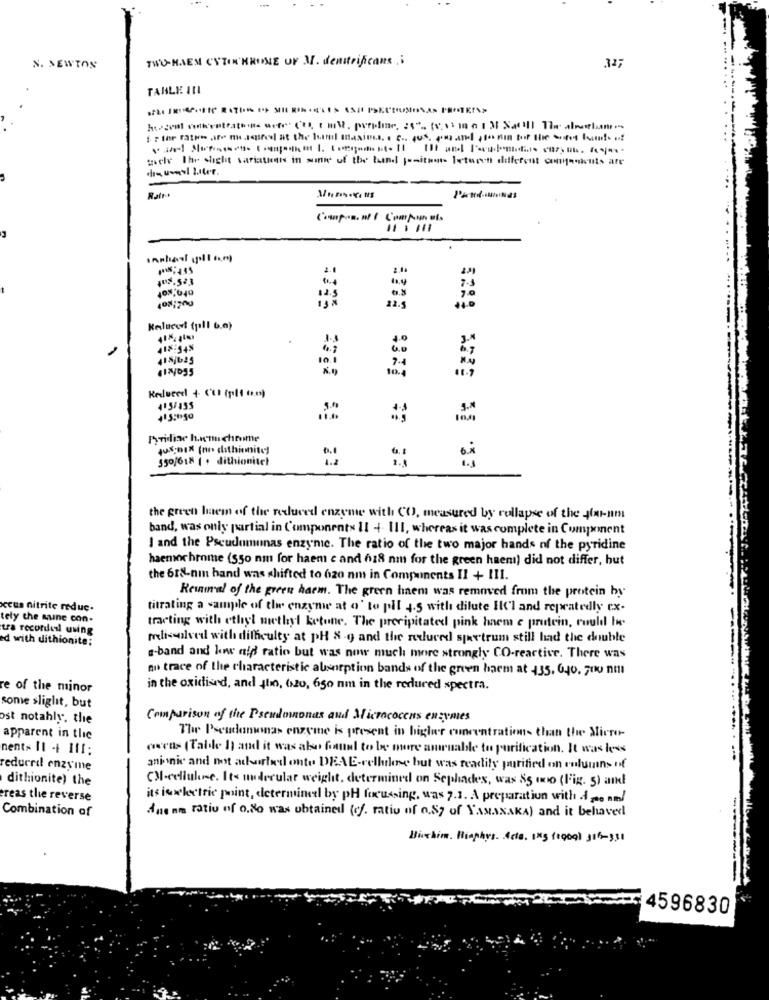
TWO-HAEN CUTIR HRONE OF M. denitrificans .;
N. NEWTON
327
TABLE INI
keszent sulkeutratos arte C'est mM. purple, as" (us)no 13 Na) The anelum.
selv The slight variations in wanie of the lund positions between different conocicuts are
dis uvedl Liter.
Rate
Comp.s. w/ Compan
snahaat 1:11 am
7.5
12.5
Kelueel (pill b.o}
418:54%
415/625
10.1
*
11.7
Reduced + CO (pl1 6.o)
415/455
415:050
Pyridise haenchrome
JuBI (n dithinnite]
550/618 ( + dithionitel
the green laem of the reduced enzyme with CO, measured by collapse of the Jar-nm
band, was only partial in Components 1I + III, whereas it was complete in Component
I and the Pseudumunas enzynic. The ratio of the two major hands nf the pyridine
haemochrome (350 nm for haem c and 628 nm for the green haen) did not differ, but
the 618-nm hand was shifted to 6zo am in Components Il + III.
Revival of the green haem. The green haem was removed from the protein by
ccus nitrite reduc.
titrating a sample of the enzyme at o' to pil 4.5 with dilute IlCl and repeatedly cx-
tely the mine con-
tra recordesl using
tracting with ethyl methyl ketone. The precipitated pink haem e protein, could In-
d with dithionite;
redissolved with difficulty at pH 8.9 and the reduced spectrum still had the double
s-band and kne aff ratio but was now much more strongly CO-reactive. There was
no trace of the characteristic absorption bands of the green baem at 435. 640. 700 nm
re of the minor
in the oxidised, and 4ho, 620, 650 nm in the reduced spectra.
some slight, but
ost notahly, the
Comparison of the Pseudomonas aud Micrococcus enzymes
apparent in the
The Pseudomonas enzyme is present in higher concentrations than the Micro-
.. .
nents Il + 111;
owens (Table h) and it was also found to be more amruable to purification. It was less
reduced enzyme
anionic and not acurbed onte DEAE-cellulose but was readily purified on columns of
dithionite) the
CM-cellulose. It's molecular weight, determined on Sephades, was $5 ano (Fig. 5) and
ereas the reverse
it's is electric point, determined by pH focussing, was 7.1. A preparation with A 200 and
Combination of
Anenm ratio of o.No was obtained (cf. ratio of 0.87 of YAMANAKA) and it behavedl
Bishim. Riephys. Acta. 1xg (1909) 314-331
4596830